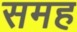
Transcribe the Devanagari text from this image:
समह